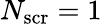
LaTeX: N_{\mathrm{scr}}=1